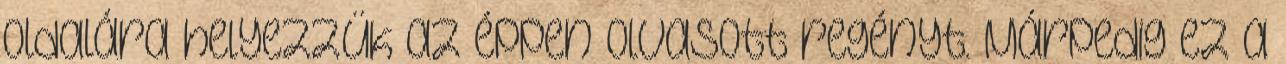
oldalára helyezzük az éppen olvasott regényt. Márpedig ez a